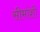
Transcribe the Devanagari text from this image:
सीमांशी